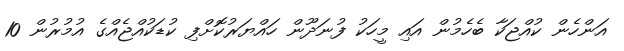
އަންހެން ކުއްޖަކާ ބެހެމުން އައި މީހަކު ފުނަދޫން ހައްޔަރުކޮށްފި ކުޑަކުއްޖެއްގެ އުމުރުން 10